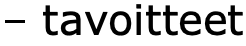
– tavoitteet